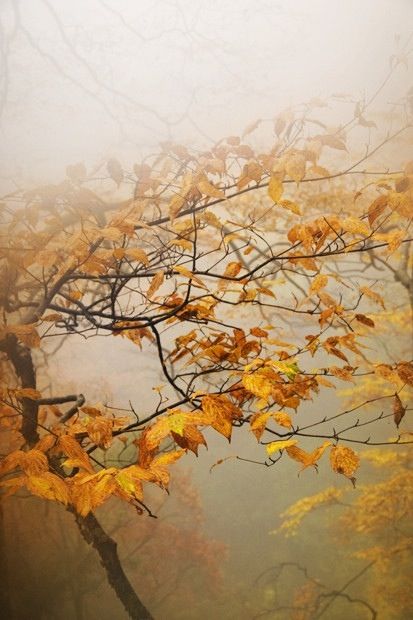
常恐秋节至，焜黄华叶衰。